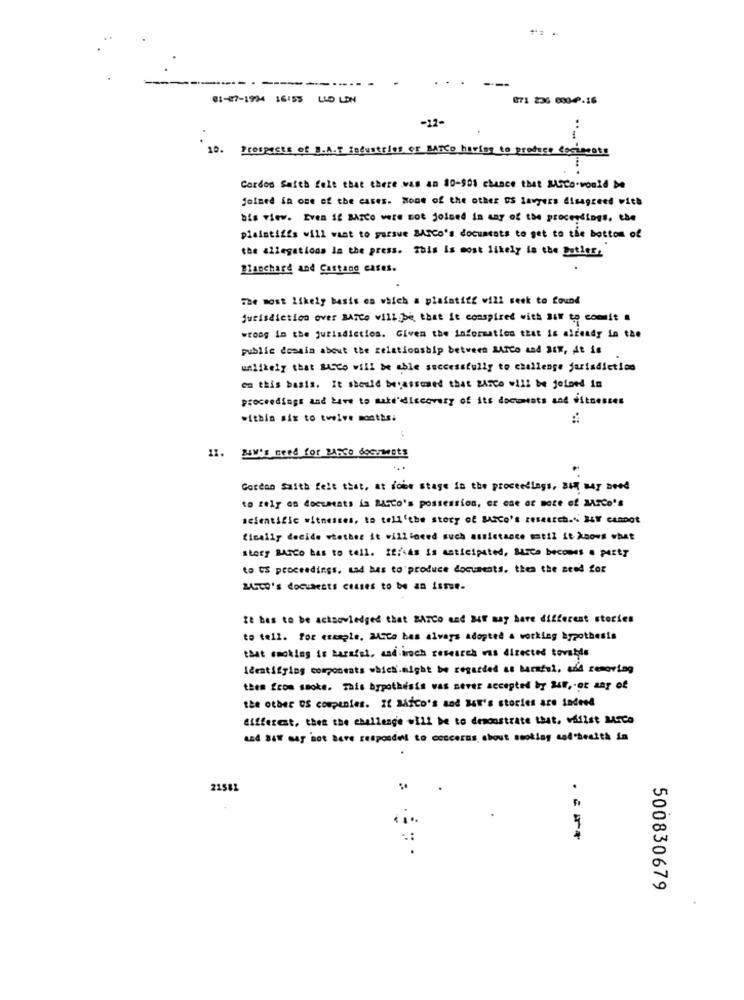
++ 2
01-07-1924 16:55 LLD LON
071 236 0004.16
10.
Prospects of B.A.T fedustries or BATCo having to produce Cocincat!
...
Cordon Saith felt that there was an 80-901 chance that MASCo-would be
joined in one of the cases. None of the other OS lawyers disagreed with
bis view. Even if BASCO were not joined in may of the proceedings, the
plaintiffs will want to pursue BASCO's documents to get to the bottom of
the allegations in the press. This is most likely is the Duties,
Blanchard and Castane cases.
The most likely basis es which a plaintiff will seek to found
jurisdiction over BATCO willibe that it conspired with air to commit a
wrong in the jurisdiction. Given the information that is already in the
public domain about the relationship between MARCO and BIR, At is
unlikely that muCo will be able successfully to challenge jurisdiction
on this basis. It should bevassmed that Zarco will be defond in
proceedings and have to make'discovery of its documents and witnesses
within six to twelve months.
11. B4W's need for BARCO doGuwots
Gordon Saith felt that, at robe stage in the proceedings, BIN may need
to rely on documents in RACCO's possession, or one or more of MrCo's
scientific witnesses, to tell'the story of SASCo's research." BUT cannot
finally decide whether it willineed such assistance matil it knows what
story BASCO bas to tell. If/\As is anticipated, Barca becomes # P4Ety
to US proceedings. sad has to produce documents. thea the need for
BASCO's documents clases to be an issue-
It bes to be actsoviedged that BATCo and 24Y may have different stories
to tell. for example, MASCa bes alvars adopted a working hypothesis
that smoking is harafel, and.iroch research was directed tovatds
Identifying components which.might be regarded as baratoi, add removing
them from smoke. This hypothesis was never accepted by 249 ,- or say of
the other OS companies. IL Marco's and BEN's stories are indeed
different, then the challenge will be to demonstrate that, vilist Marco
and SAW may not have responded to concerns about seoklay sad'heaith in
21581
500830679